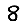
Digit: 8